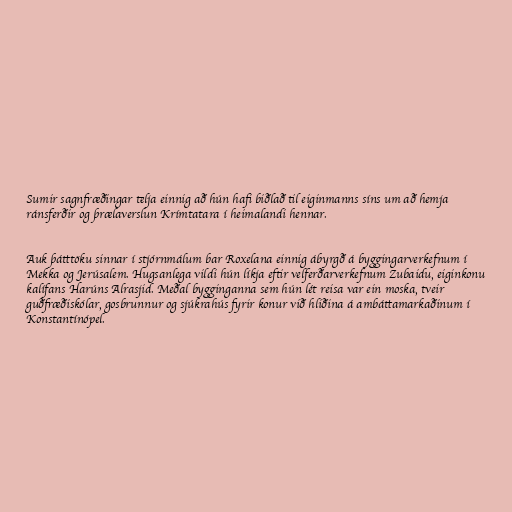
Sumir sagnfræðingar telja einnig að hún hafi biðlað til eiginmanns síns um að hemja
ránsferðir og þrælaverslun Krímtatara í heimalandi hennar.

Auk þátttöku sinnar í stjórnmálum bar Roxelana einnig ábyrgð á byggingarverkefnum í
Mekka og Jerúsalem. Hugsanlega vildi hún líkja eftir velferðarverkefnum Zubaidu, eiginkonu
kalífans Harúns Alrasjid. Meðal bygginganna sem hún lét reisa var ein moska, tveir
guðfræðiskólar, gosbrunnur og sjúkrahús fyrir konur við hliðina á ambáttamarkaðinum í
Konstantínópel.